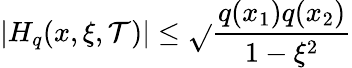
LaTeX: \left|H_{q}(x,\xi,\mathcal{T})\right|\leq\sqrt{}{{\frac{{q(x_{1})q(x_{2})}}{{1-\xi^{2}}}}}